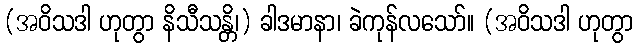
(အဝိသဒါ ဟုတွာ နိသီသန္တိ၊) ခါဒမာနာ၊ ခဲကုန်လသော်။ (အဝိသဒါ ဟုတွာ